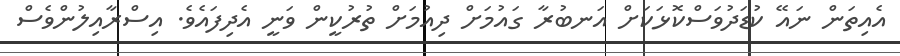
އެއިތަން ނައޭ ކުޑަދުވަސްކޮޅަކަށް އަނބުރާ ގައުމަށް ދިއުމަށް ތުުރުކީން ވަނީ އެދިފައެވެ. އިސްރާއިލުންވެސް